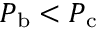
P _ { \mathrm { b } } < P _ { \mathrm { c } }